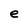
Character: e